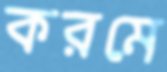
করমে